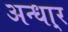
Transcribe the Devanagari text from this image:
अन्धा्र